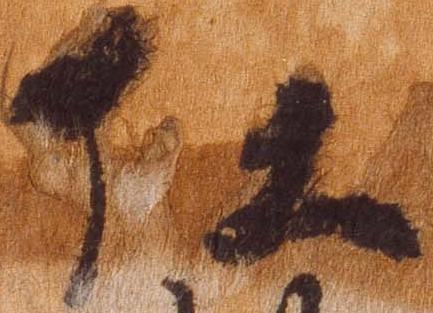
任